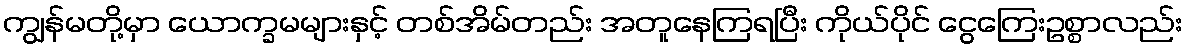
ကျွန်မတို့မှာ ယောက္ခမများနှင့် တစ်အိမ်တည်း အတူနေကြရပြီး ကိုယ်ပိုင် ငွေကြေးဥစ္စာလည်း